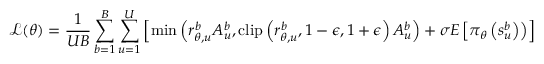
\mathcal { L } ( \boldsymbol { \theta } ) = \frac { 1 } { U B } \sum _ { b = 1 } ^ { B } \sum _ { u = 1 } ^ { U } \left[ \operatorname* { m i n } \left( r _ { \boldsymbol { \theta } , u } ^ { b } A _ { u } ^ { b } , \operatorname { c l i p } \left( r _ { \boldsymbol { \theta } , u } ^ { b } , 1 - \epsilon , 1 + \epsilon \right) A _ { u } ^ { b } \right) + \sigma E \left[ \pi _ { \theta } \left( s _ { u } ^ { b } \right) \right) \right]